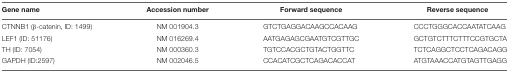
| Gene name | Accession number | Forward sequence | Reverse sequence |
 | --- | --- | --- | --- |
 | CTNNB1 (β-catenin, ID: 1499) | NM 001904.3 | GTCTGAGGACAAGCCACAAG | CCCTGGGCACCAATATCAAG |
 | LEF1 (ID: 51176) | NM 016269.4 | AATGAGAGCGAATGTCGTTGC | GCTGTCTTTCTTTCCGTGCTA |
 | TH (ID: 7054) | NM 000360.3 | TGTCCACGCTGTACTGGTTC | TCTCAGGCTCCTCAGACAGG |
 | GAPDH (ID:2597) | NM 002046.5 | CCACATCGCTCAGACACCAT | ATGTAAACCATGTAGTTGAGG |